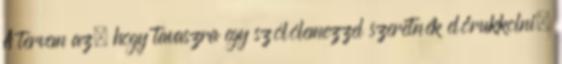
A tervem az, hogy tavaszra egy szólólemezzel szeretnék előrukkolni,